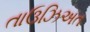
તાઉઝિઅત